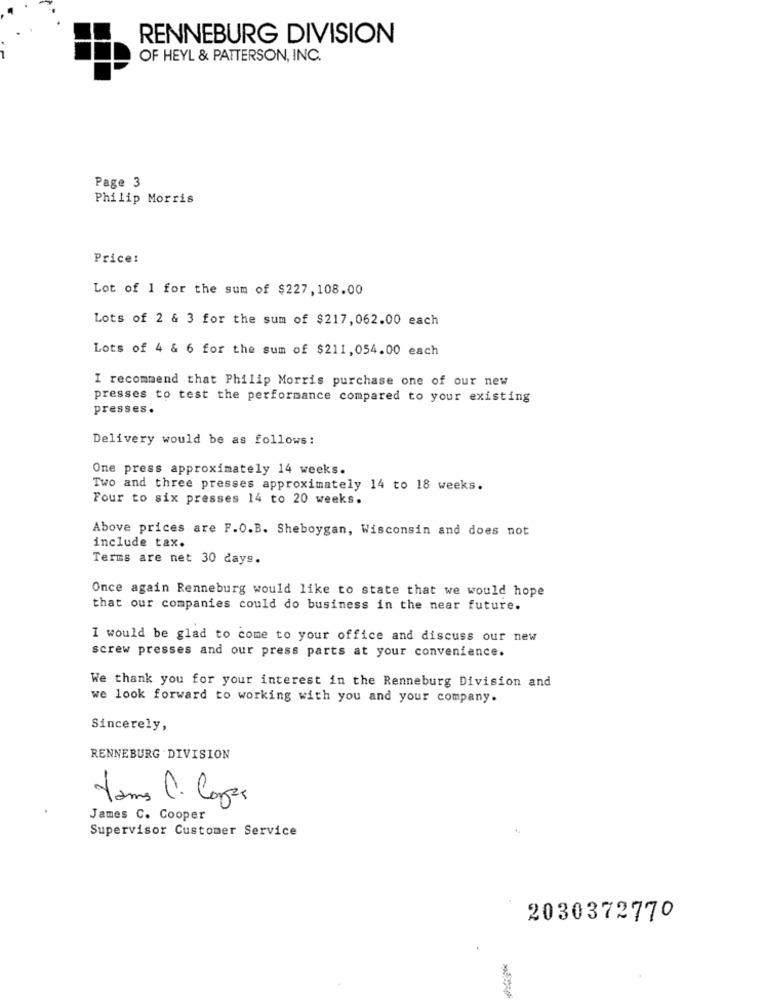
RENNEBURG DIVISION
OF HEYL & PATTERSON, INC.
Page 3
Philip Morris
Price:
Lot of 1 for the sum of $227, 108.00
Lots of 2 & 3 for the sum of $217,062.00 each
Lots of 4 & 6 for the sum of $211,054.00 each
I recommend that Philip Morris purchase one of our new
presses to test the performance compared to your existing
presses.
Delivery would be as follows:
One press approximately 14 weeks.
Two and three presses approximately 14 to 18 weeks.
Four to six presses 14 to 20 weeks.
Above prices are F.O.B. Sheboygan, Wisconsin and does not
include tax.
Terms are net 30 days.
Once again Renneburg would like to state that we would hope
that our companies could do business in the near future.
I would be glad to come to your office and discuss our new
screw presses and our press parts at your convenience.
We thank you for your interest in the Renneburg Division and
we look forward to working with you and your company.
Sincerely,
RENNEBURG DIVISION
Yamas C. Copas
James C. Cooper
Supervisor Customer Service
2030372770